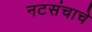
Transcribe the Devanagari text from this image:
नटसंचाचे